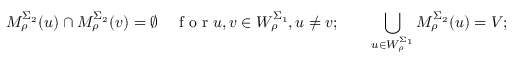
M _ { \rho } ^ { \Sigma _ { 2 } } ( u ) \cap M _ { \rho } ^ { \Sigma _ { 2 } } ( v ) = \emptyset \quad \mathrm { ~ f ~ o ~ r ~ } u , v \in W _ { \rho } ^ { \Sigma _ { 1 } } , u \neq v ; \qquad \bigcup _ { u \in W _ { \rho } ^ { \Sigma _ { 1 } } } M _ { \rho } ^ { \Sigma _ { 2 } } ( u ) = V ;